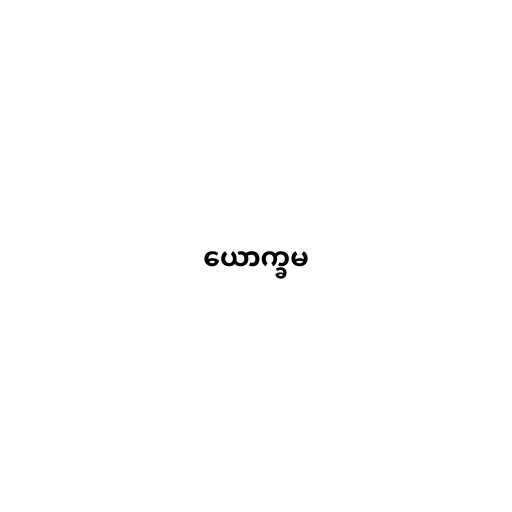
ယောက္ခမ